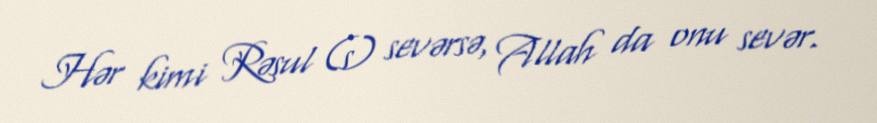
Hər kimi Rəsul (s) sevərsə, Allah da onu sevər.